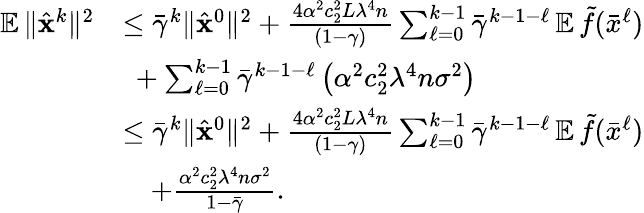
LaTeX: \begin{array}{rl}{\mathop{\mathbb{E}}\| \hat{{\mathbf{x}}}^{k}\| ^{2}}&{\leq\bar{\gamma}^{k}\| \hat{{\mathbf{x}}}^{0}\| ^{2}+\frac{4\alpha^{2}c_{2}^{2}L\lambda^{4}n}{(1-\gamma)}\textstyle\sum_{\ell=0}^{k-1}\bar{\gamma}^{k-1-\ell}\mathop{\mathbb{E}}\tilde{f}(\bar{x}^{\ell})}\\ &{~+\textstyle\sum_{\ell=0}^{k-1}\bar{\gamma}^{k-1-\ell}\left(\alpha^{2}c_{2}^{2}\lambda^{4}n\sigma^{2}\right)}\\ &{\leq\bar{\gamma}^{k}\| \hat{{\mathbf{x}}}^{0}\| ^{2}+\frac{4\alpha^{2}c_{2}^{2}L\lambda^{4}n}{(1-\gamma)}\textstyle\sum_{\ell=0}^{k-1}\bar{\gamma}^{k-1-\ell}\mathop{\mathbb{E}}\tilde{f}(\bar{x}^{\ell})}\\ &{\quad+\frac{\alpha^{2}c_{2}^{2}\lambda^{4}n\sigma^{2}}{1-\bar{\gamma}}.}\end{array}